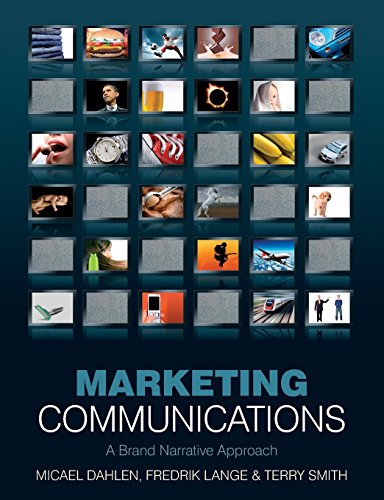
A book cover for Marketing Communications: A Brand Narrative Approach; Micael Dahlen; Business & Money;